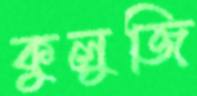
কুলুজি